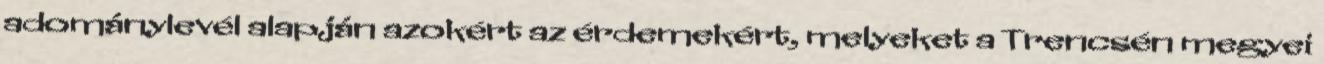
adománylevél alapján azokért az érdemekért, melyeket a Trencsén megyei